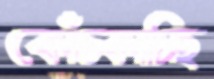
কোঁচ্‌কাচ্ছি